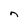
Character: n